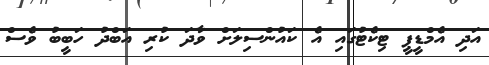
އަދި އެމްޑީޕީ ޓިކެޓުގައި އެ ކައުންސިލަށް ވާދަ ކުރި އަބްދު ހަބީބު ވެސް